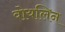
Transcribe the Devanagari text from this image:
वोयलिन